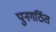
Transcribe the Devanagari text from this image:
पुनगर्ठित